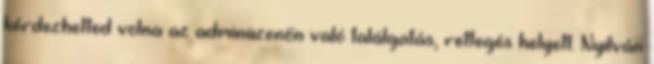
kérdezhetted volna az adminüzenőn való találgatás, rettegés helyett. Nyilván